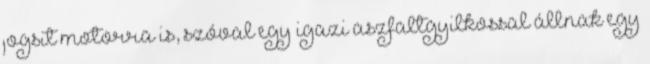
jogsit motorra is, szóval egy igazi aszfaltgyilkossal állnak egy